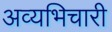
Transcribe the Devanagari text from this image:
अव्यभिचारी